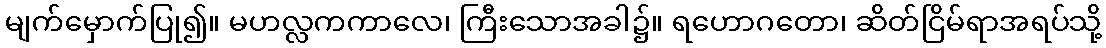
မျက်မှောက်ပြု၍။ မဟလ္လကကာလေ၊ ကြီးသောအခါ၌။ ရဟောဂတော၊ ဆိတ်ငြိမ်ရာအရပ်သို့